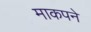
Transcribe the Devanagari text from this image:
माकपने